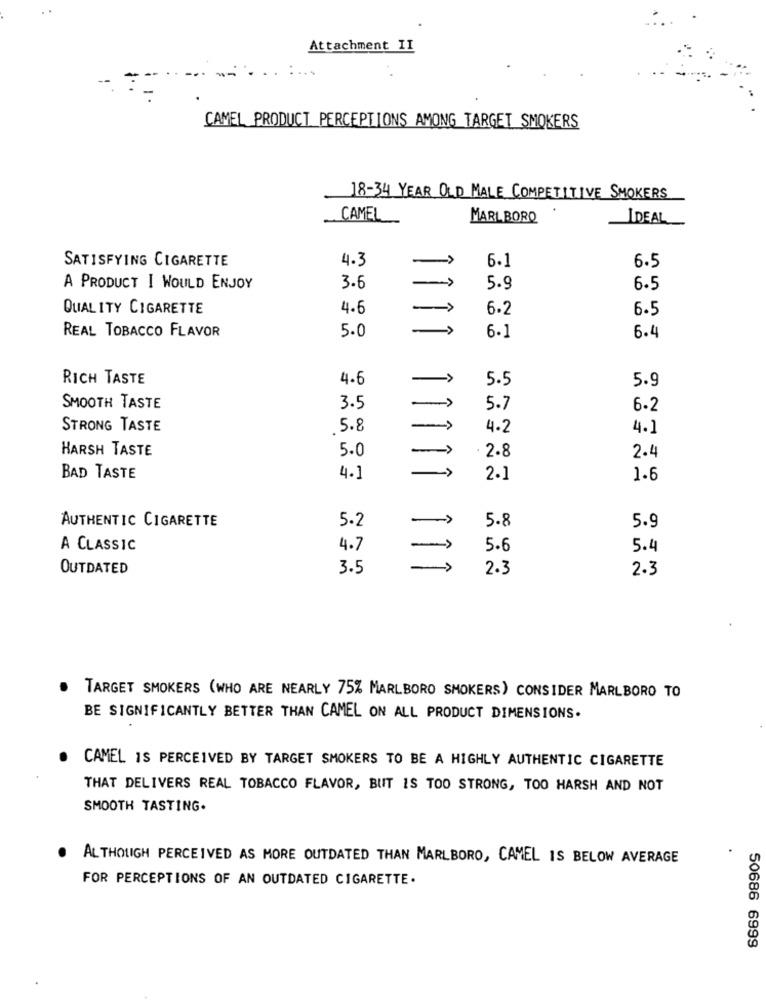
. .
Attachment II
....
CAMEL PRODUCT PERCEPTIONS AMONG TARGET SMOKERS
18-34 YEAR OLD MALE COMPETITIVE SMOKERS
CAMEL
MARLBORO
IDEAL
SATISFYING CIGARETTE
4.3
->
6.1
6.5
A PRODUCT I WOULD ENJOY
3.6
5.9
6.5
QUALITY CIGARETTE
4.6
6.2
6.5
REAL TOBACCO FLAVOR
5.0
6.1
6.4
RICH TASTE
4.6
5.5
5.9
SMOOTH TASTE
3.5
5.7
6-2
STRONG TASTE
.5.8
4.2
4.1
HARSH TASTE
5.0
2.8
2.4
BAD TASTE
4.]
2.1
1.6
AUTHENTIC CIGARETTE
5.2
1
5.8
5.9
A CLASSIC
4.7
5.6
5.4
OUTDATED
3.5
2.3
2.3
TARGET SMOKERS (WHO ARE NEARLY 75% MARLBORO SMOKERS) CONSIDER MARLBORO TO
BE SIGNIFICANTLY BETTER THAN CAMEL ON ALL PRODUCT DIMENSIONS.
CAMEL IS PERCEIVED BY TARGET SMOKERS TO BE A HIGHLY AUTHENTIC CIGARETTE
THAT DELIVERS REAL TOBACCO FLAVOR, BUT IS TOO STRONG, TOO HARSH AND NOT
SMOOTH TASTING.
ALTHOUGH PERCEIVED AS MORE OUTDATED THAN MARLBORO, CAMEL IS BELOW AVERAGE
FOR PERCEPTIONS OF AN OUTDATED CIGARETTE .
50686 6999